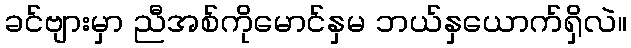
ခင်ဗျားမှာ ညီအစ်ကိုမောင်နှမ ဘယ်နှယောက်ရှိလဲ။